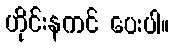
ဟိုင်းနကင် ပေးပါ။